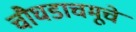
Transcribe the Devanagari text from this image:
चौघडाचमूचे